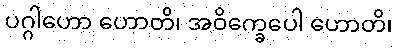
ပဂ္ဂါဟော ဟောတိ၊ အဝိက္ခေပေါ ဟောတိ၊